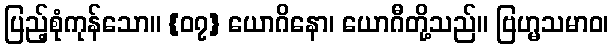
ပြည့်စုံကုန်သော။ {၀၇} ယောဂိနော၊ ယောဂီတို့သည်။ ဗြဟ္မသမာဝ၊